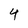
Character: 4